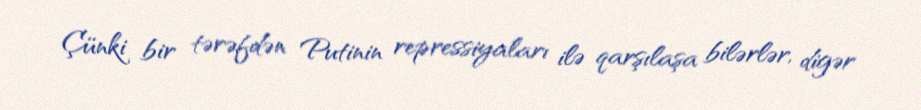
Çünki bir tərəfdən Putinin repressiyaları ilə qarşılaşa bilərlər, digər